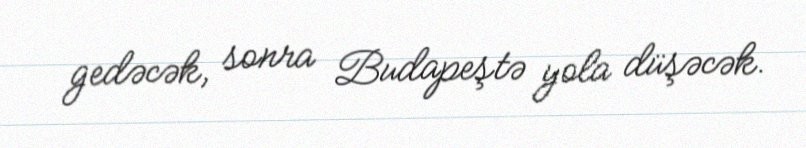
gedəcək, sonra Budapeştə yola düşəcək.